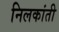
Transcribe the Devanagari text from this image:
निलकांती